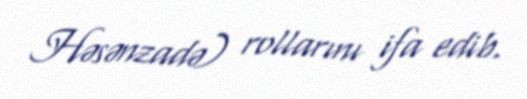
Həsənzadə) rollarını ifa edib.